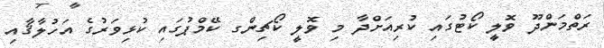
ރަތްމަންދޫ ވޮލީ ކޯޓުގައި ކުރިއަށްދާ މި ވޮލީ ކޯޗިންގ ކޭމްޕުގައި ކުޅިވަރުގެ އަހުލާޤާއި